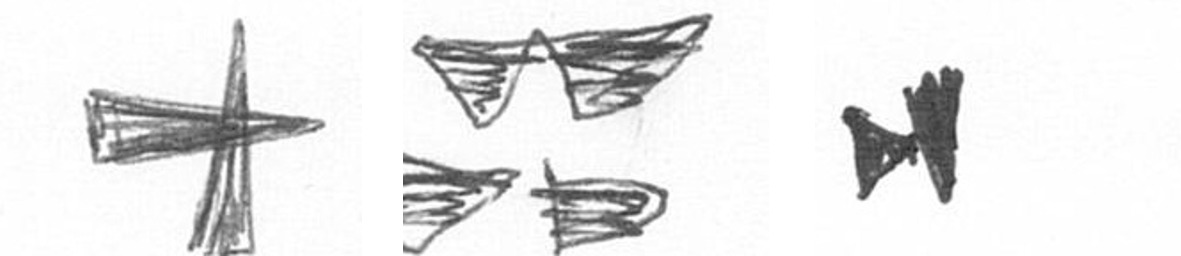
G B M